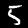
Label: 5